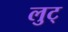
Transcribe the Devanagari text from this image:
लुट्